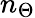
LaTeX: n_{\Theta}